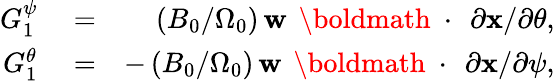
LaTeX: \begin{array}{rlr}{G_{1}^{\psi}}&{{}=}&{(B_{0}/\Omega_{0})\, {\mathbf w}\, \mathrm{~\boldmath~\cdot~}\, \partial{\mathbf x}/\partial\theta,}\\ {G_{1}^{\theta}}&{{}=}&{-\, (B_{0}/\Omega_{0})\, {\mathbf w}\, \mathrm{~\boldmath~\cdot~}\, \partial{\mathbf x}/\partial\psi,}\end{array}